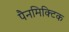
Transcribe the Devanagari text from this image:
पैनमिक्टिक